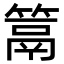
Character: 䈪